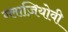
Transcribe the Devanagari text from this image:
ग्लाज़ियोवी